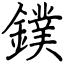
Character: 鏷